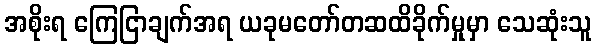
အစိုးရ ကြေငြာချက်အရ ယခုမတော်တဆထိခိုက်မှုမှာ သေဆုံးသူ